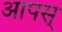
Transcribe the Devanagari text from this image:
आपस्‌